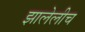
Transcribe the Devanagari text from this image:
झालेलीच